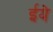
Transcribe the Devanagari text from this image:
ईये